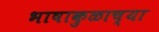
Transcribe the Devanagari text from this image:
भाषाकुळाच्या